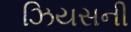
ઝિયસની